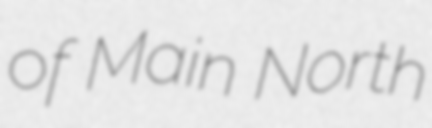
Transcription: of Main North